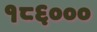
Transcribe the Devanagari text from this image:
१८६०००